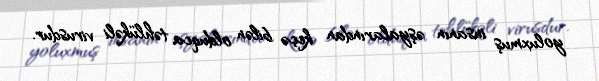
yoluxmuş insanın əşyalarından keçə bilən olduqca təhlükəli virusdur.